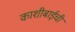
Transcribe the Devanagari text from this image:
काशीबाईची